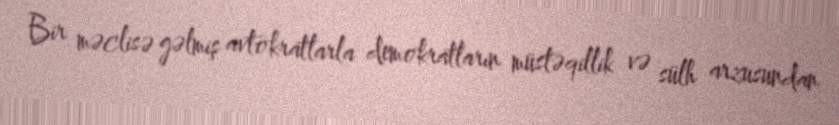
Bir məclisə gəlmiş avtokratlarla demokratların müstəqillik və sülh arzusundan